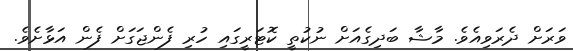
ވަރަށް ދެރަވިއެވެ. މާޝާ ބަދިގެއަށް ނުކުތީ ކޮޓަރީގައި ހުރި ފެންޖަގަށް ފެން އަޅާށެވެ.